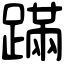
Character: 蹣